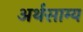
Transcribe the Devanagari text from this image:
अर्थसाम्य